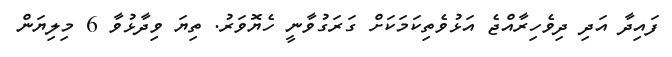
ފައިދާ އަދި ދިވެހިރާއްޖެ އަޅުވެތިކަމަކަށް ގަރަގުވާނީ ހެޔޮވަރު. ތިޔަ ވިދާޅުވާ 6 މިލިޔަން